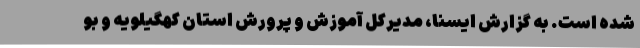
شده است. به گزارش ایسنا، مدیرکل آموزش و پرورش استان کهگیلویه و بو